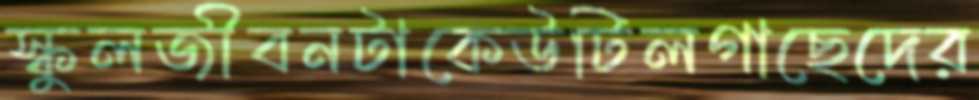
স্কুলজীবনটাকেউটিলগাছেদের